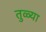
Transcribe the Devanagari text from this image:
तुळ्या